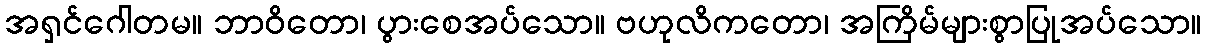
အရှင်ဂေါတမ။ ဘာဝိတော၊ ပွားစေအပ်သော။ ဗဟုလိကတော၊ အကြိမ်များစွာပြုအပ်သော။